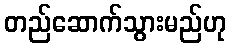
တည်ဆောက်သွားမည်ဟု